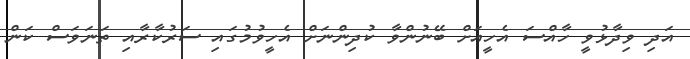
އަދި ވިދާޅުވީ ހާއްސަ އެހީއަށް ބޭނުންވާ ކުދިންނަށް އެހީވުމުގައި ސަރުކާރާއި ތަނަވަސް ކަން